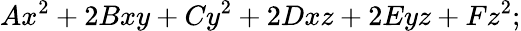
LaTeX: Ax^{2}+2Bxy+Cy^{2}+2Dxz+2Eyz+Fz^{2};